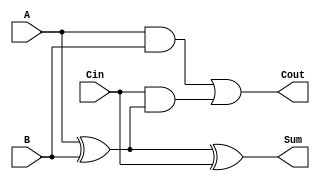
module LowPowerFullAdder (
    input wire A,      // First input bit
    input wire B,      // Second input bit
    input wire Cin,    // Carry input bit
    output wire Sum,   // Resultant sum bit
    output wire Cout   // Carry output bit
);

// Internal wire declarations
wire AxorB;

// Calculate Sum and Cout
assign AxorB = A ^ B;              // Intermediate XOR for A and B
assign Sum = AxorB ^ Cin;          // Final Sum calculation
assign Cout = (A & B) | (Cin & AxorB); // Final Carry-out calculation

endmodule